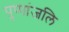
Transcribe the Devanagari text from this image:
पुप्पांजलि